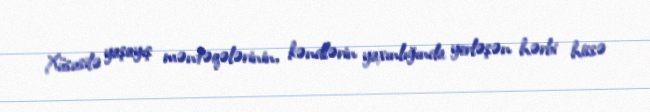
Xüsusilə yaşayış məntəqələrinin, kəndlərin yaxınlığında yerləşən hərbi hissə